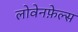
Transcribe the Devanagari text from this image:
लोवेनफ़ेल्स